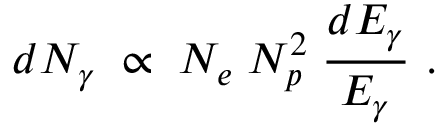
d N _ { \gamma } \; \propto \; N _ { e } \; N _ { p } ^ { 2 } \; { \frac { d E _ { \gamma } } { E _ { \gamma } } } \ .